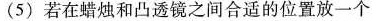
(5)若在蜡烛和凸透镜之间合适的位置放一个